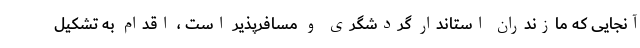
آنجایی که مازندران استاندار گردشگری و مسافرپذیر است ، اقدام به تشکیل